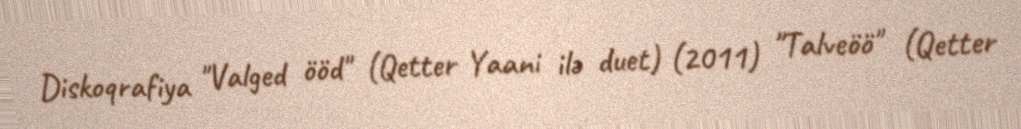
Diskoqrafiya "Valged ööd" (Qetter Yaani ilə duet) (2011) "Talveöö" (Qetter